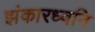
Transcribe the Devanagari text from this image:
झंकारध्वनि